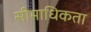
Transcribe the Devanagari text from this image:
सीमाधिकता